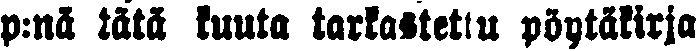
p:nä tätä kuuta tarkastettu pöytäkirja